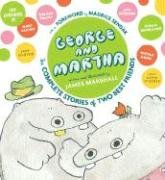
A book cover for George and Martha: The Complete Stories of Two Best Friends Collector's Edition (George & Martha Early Reader); James Marshall; Children's Books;